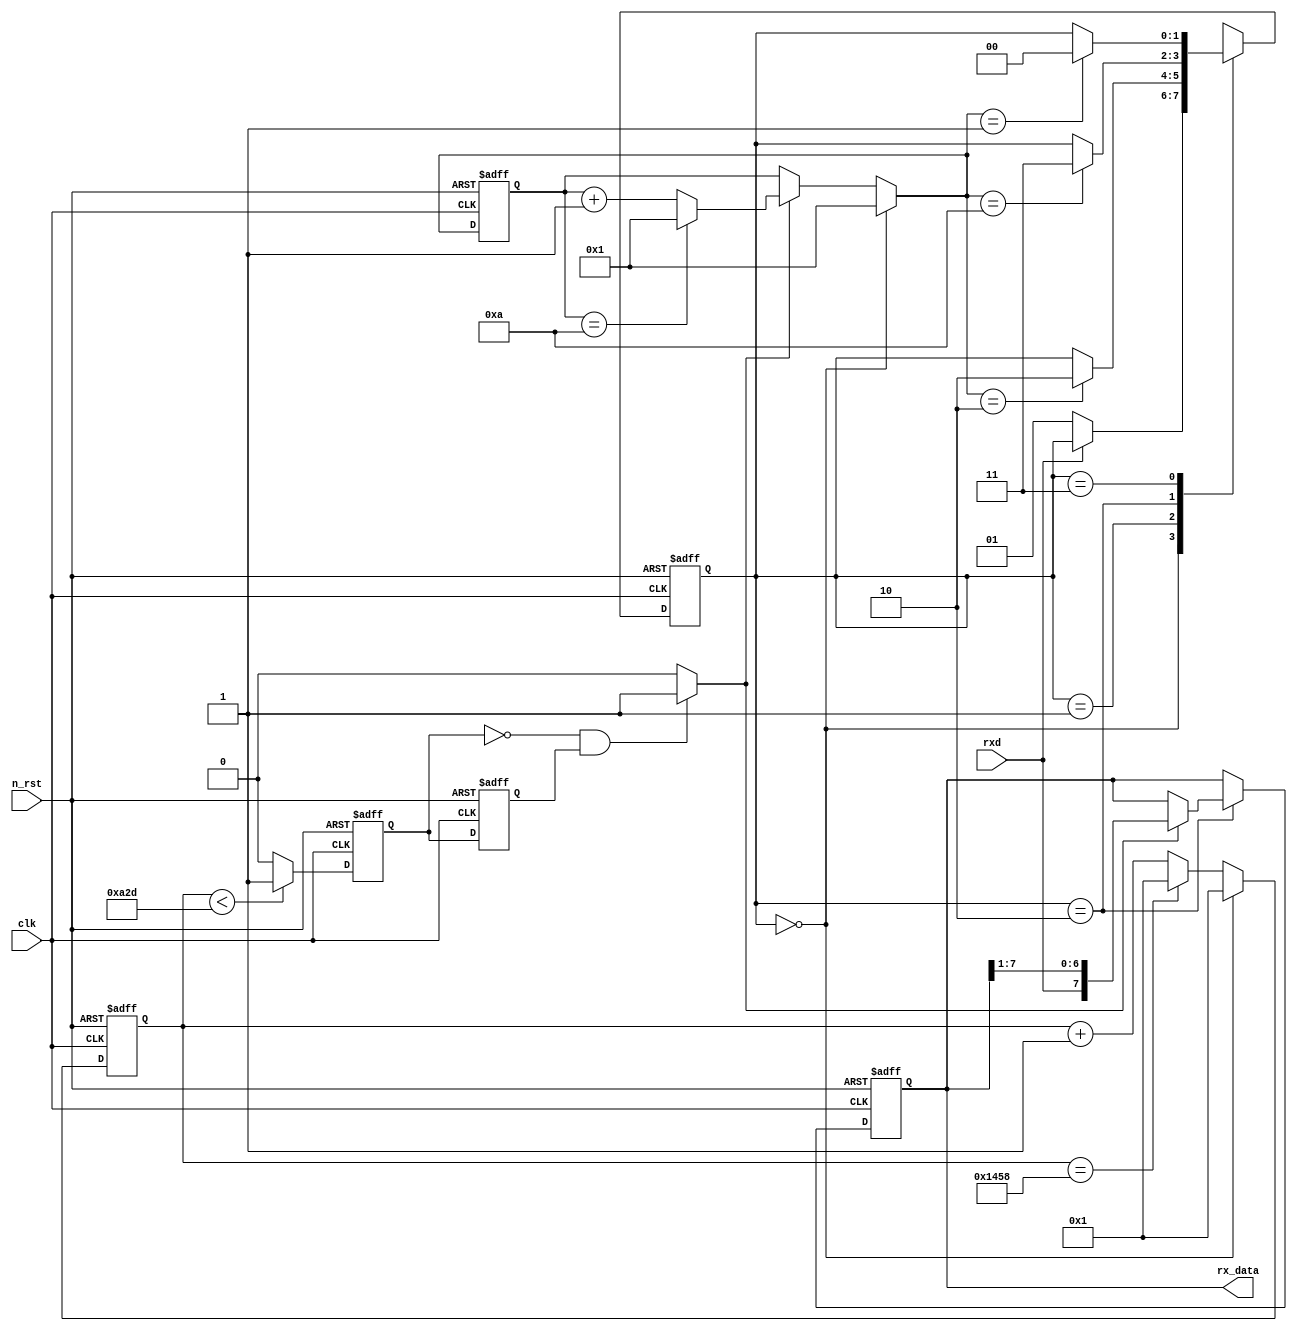
module rx( //   rxd   rx_data  
    clk,
    n_rst,
    rxd,
    rx_data
);

input clk;
input n_rst;
input rxd;

output [7:0] rx_data;
reg [7:0] rx_data;

reg [1:0] c_state;
reg [1:0] n_state;

reg [15:0] c_cnt1;
reg [15:0] n_cnt1; // 1 : sclk  

reg [3:0] c_cnt2;
reg [3:0] n_cnt2; // 2 : sclk  

localparam SR0 = 2'h0;
localparam SR1 = 2'h1;
localparam SR2 = 2'h2;
localparam SR3 = 2'h3;

localparam FLG1 = 16'h1458;
localparam FLG2 = 4'ha;

always @(posedge clk or negedge n_rst) begin // 1, 2,  
    if(!n_rst) begin
        c_state <= SR0;
        c_cnt1 <= 16'h0001;
        c_cnt2 <= 4'h1;
    end
    else begin
        c_state <= n_state;
        c_cnt1 <= n_cnt1;
        c_cnt2 <= n_cnt2;
    end
end

always @(c_state or rxd or n_cnt2) begin //@(rxd or n_cnt2) begin //   
    case(c_state)
    SR0 : n_state = (rxd == 1'b1) ? c_state : SR1;
    SR1 : n_state = (n_cnt2 == 4'h2) ? SR2 : c_state;
    SR2 : n_state = (n_cnt2 == FLG2) ? SR3 : c_state;
    SR3 : n_state = (n_cnt2 == 4'h1) ? SR0 : c_state;
    default : n_state = SR0;
    endcase
end

always @(c_state or c_cnt1) begin //  1  
    case(c_state)
    SR0 : n_cnt1 = 16'h0001;
    default : n_cnt1 = (c_cnt1 == FLG1) ? 16'h0001 : c_cnt1 + 16'h0001;
    endcase
end

reg sclk; // sclk 

always @(posedge clk or negedge n_rst) begin // sclk  
    if(!n_rst) begin
        sclk <= 1'b1;
    end
    else begin
        sclk <= (c_cnt1 < 16'h0A2D) ? 1'b1 : 1'b0;
    end
end

reg sclk_d; 
wire sclk_f; // sclk falling edge    

always @(posedge clk or negedge n_rst) begin
    if(!n_rst) begin
        sclk_d <= 1'b1;
    end
    else begin
        sclk_d <= sclk;
    end
end

assign sclk_f = ((sclk == 1'b0)&&(sclk_d == 1'b1)) ? 1'b1 : 1'b0; // falling edge    

always @(c_cnt2 or sclk_f or c_state) begin //@(sclk_f or c_state) begin // 2  
    case(c_state)
    SR0 : n_cnt2 = 4'h1;
    default : n_cnt2 = (sclk_f == 1'b0) ? c_cnt2 :
                       (c_cnt2 == FLG2) ? 4'h1 : c_cnt2 + 4'h1;
    endcase
end

always @ (posedge clk or negedge n_rst) begin //   rx_data  
    if(!n_rst) begin
        rx_data <= 8'h00;
    end
    else if (c_state == SR2) begin
        rx_data <= (sclk_f == 1'b1) ? {rxd, rx_data[7:1]} : rx_data;
    end
    else begin
        rx_data <= rx_data;
    end
end

endmodule